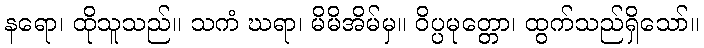
နရော၊ ထိုသူသည်။ သကံ ဃရာ၊ မိမိအိမ်မှ။ ဝိပ္ပမုတ္တော၊ ထွက်သည်ရှိသော်။